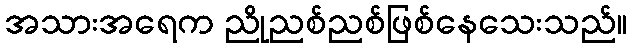
အသားအရေက ညိုညစ်ညစ်ဖြစ်နေသေးသည်။